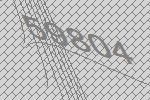
59804